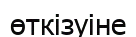
өткізуіне